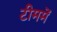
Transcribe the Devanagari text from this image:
टीममें